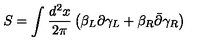
S = \int { \frac { d ^ { 2 } x } { 2 \pi } } \left( \beta _ { L } \partial \gamma _ { L } + \beta _ { R } \bar { \partial } \gamma _ { R } \right)